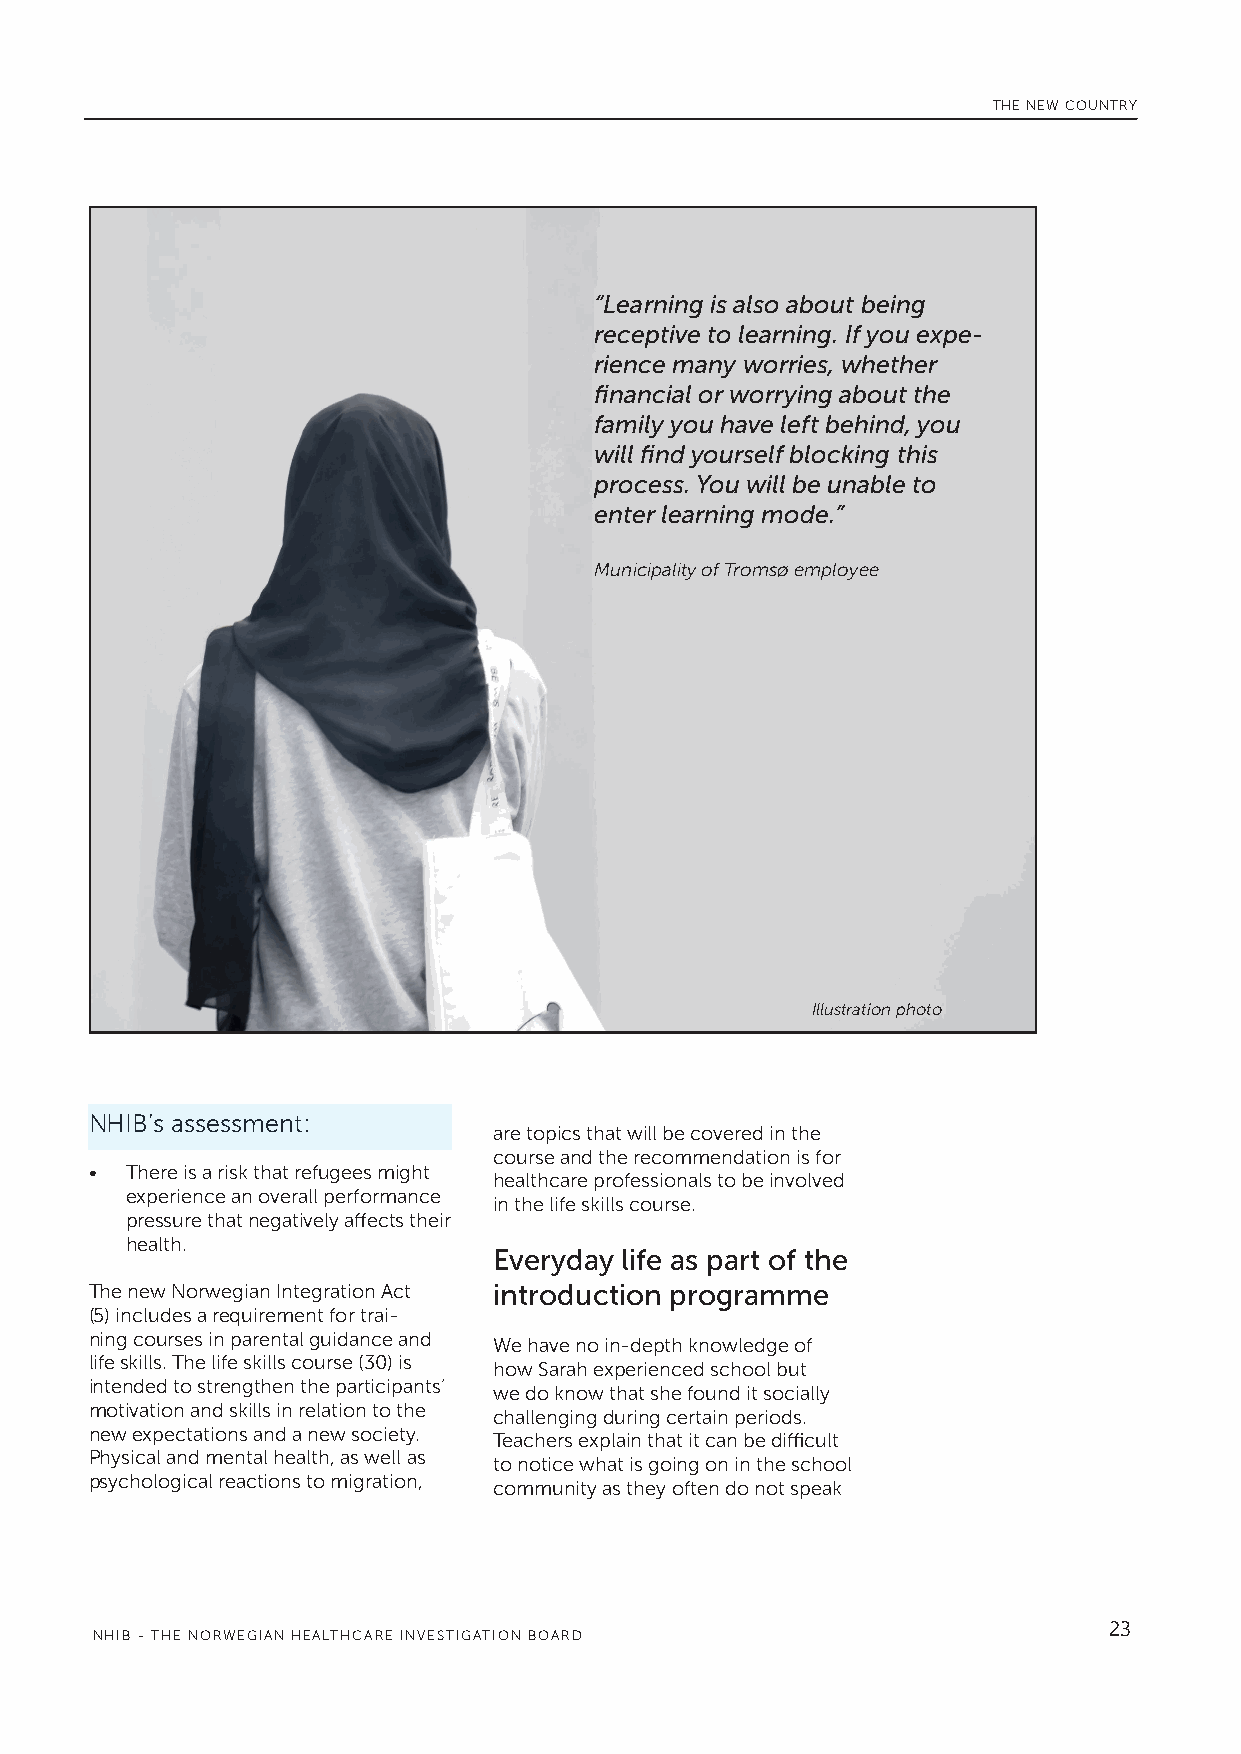
THE NEW COUNTRY
 “Learning is also about being
 receptive to learning. If you expe-
 rience many worries, whether
 financial or worrying about the
 family you have left behind, you
 will find yourself blocking this
 process. You will be unable to
 enter learning mode.”
 Municipality of Tromsø employee
 Illustration photo
 NHIB’s assessment:
 are topics that will be covered in the
 course and the recommendation is for
 • There is a risk that refugees might
 healthcare professionals to be involved
 experience an overall performance
 in the life skills course.
 pressure that negatively affects their
 health.
 Everyday life as part of the
 •
 The new Norwegian Integration Act introduction programme
 (5) includes a requirement for trai-
 ning courses in parental guidance and
 We have no in-depth knowledge of
 life skills. The life skills course (30) is
 how Sarah experienced school but
 intended to strengthen the participants’
 we do know that she found it socially
 motivation and skills in relation to the
 challenging during certain periods.
 new expectations and a new society.
 Teachers explain that it can be difficult
 Physical and mental health, as well as
 to notice what is going on in the school
 psychological reactions to migration,
 community as they often do not speak
 23
 NHIB - THE NORWEGIAN HEALTHCARE INVESTIGATION BOARD